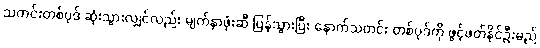
သတင်းတစ်ပုဒ် ဆုံးသွားလျှင်လည်း မျက်နှာဖုံးဆီ ပြန်သွားပြီး နောက်သတင်း တစ်ပုဒ်ကို ဖွင့်ဖတ်နိုင်ဦးမည်